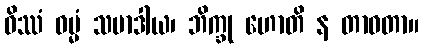
ဝိဿံ ဓမ္မံ သမာဒါယ၊ ဘိက္ခု ဟောတိ န တာဝတာ။